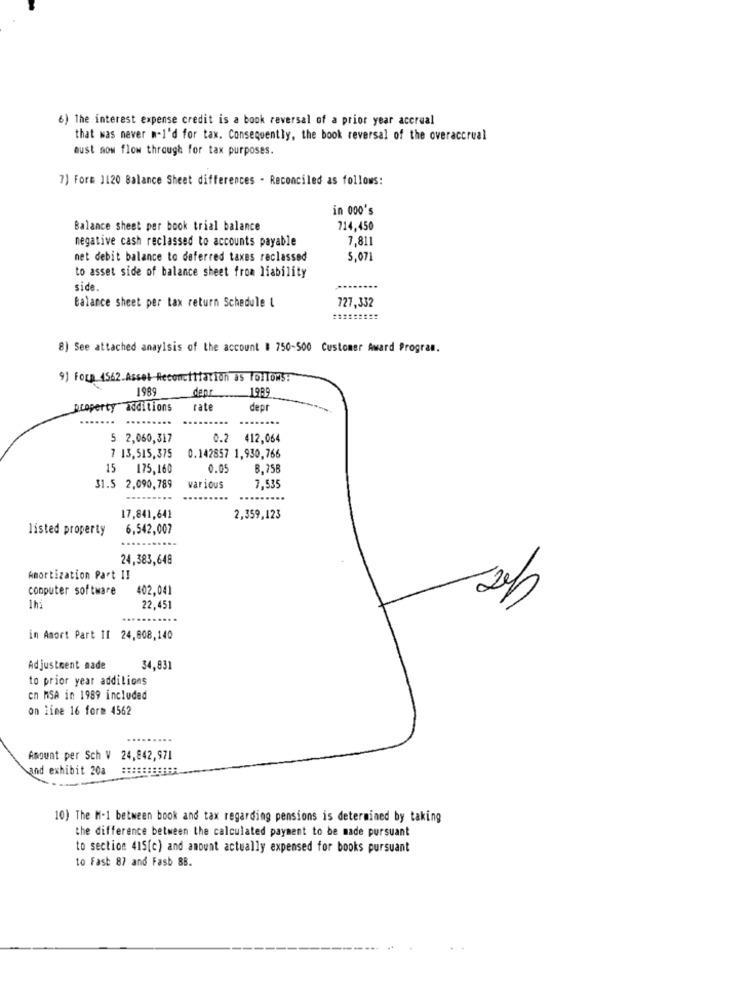
6) The interest expense credit is a book reversal of a prior year accrual
that was never m.I'd for tax. Consequently, the book reversal of the overaccrual
aust now flow through for tax purposes.
7) Fora 1120 Balance Sheet differences - Reconciled as follows:
in 000's
Balance sheet per book trial balance
714,450
negative cash reclassed to accounts payable
7,811
net debit balance to deferred taxes raclassed
5.071
to asset side of balance sheet from liability
side.
Balance sheet per tax return Schedule L
727,332
8) See attached anaylsis of the account # 750-500 Customer Award Program.
9) FOLD 4562 Assel Reconciliation as follows:
1989
dent
1989
property additions
rate
depr
5 2,060,317
0.2 412,064
7 13,515,375
0.142857 1,930,766
15 175,160
0.05
B.758
31.5 2,090,789
various
7.535
17,841,641
2,359,123
listed property
6,542,007
24,383,648
Amortization Part II
computer software
402.041
1hi
22,451
in Amort Part II 24,808,140
Adjustment made
34,831
to prior year additions
cn MSA in 1989 included
on line 16 form 4562
Amount per Sch V 24,842,971
and exhibit 20a
10) The M-1 between book and tax regarding pensions is determined by taking
the difference between the calculated payment to be made pursuant
to section 415[c) and amount actually expensed for books pursuant
to Fast 87 and Fasb 88.